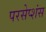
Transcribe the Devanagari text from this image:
परसेप्शंस